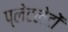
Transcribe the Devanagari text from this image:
प्‍लेटलेटों